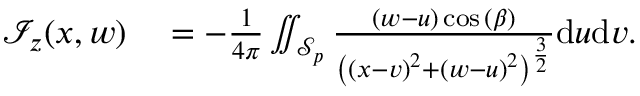
\begin{array} { r l } { \mathcal { I } _ { z } ( x , w ) } & { { } = - \frac { 1 } { 4 \pi } \iint _ { \mathcal { S } _ { p } } \frac { ( w - u ) \cos { ( \beta ) } } { \left( \left( x - v \right) ^ { 2 } + \left( w - u \right) ^ { 2 } \right) ^ { \frac { 3 } { 2 } } } \mathrm { d } u \mathrm { d } v . } \end{array}